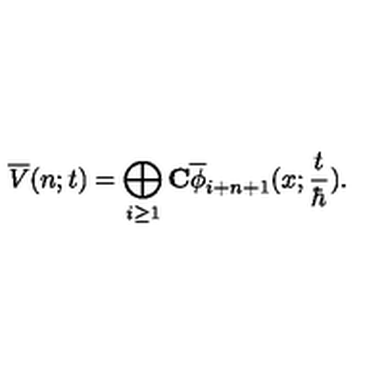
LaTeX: \overline { { V } } ( n ; t ) = \bigoplus _ { i \geq 1 } \mathrm { \bf { C } } \overline { { \phi } } _ { i + n + 1 } ( x ; \frac { t } { \hbar } ) .